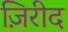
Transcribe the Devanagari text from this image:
ज़िरीद